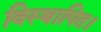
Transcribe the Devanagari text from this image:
विस्थापित।